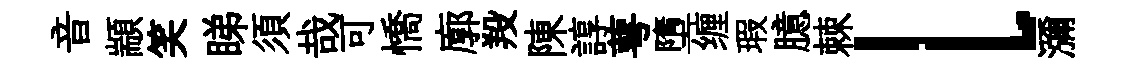
音顓笑睇須哉可憍廓羖陳諄萼墮缠瑕臆棘l瀰